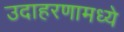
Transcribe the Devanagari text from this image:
उदाहरणामध्ये